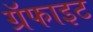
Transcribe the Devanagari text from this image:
ग्रॅफाइट